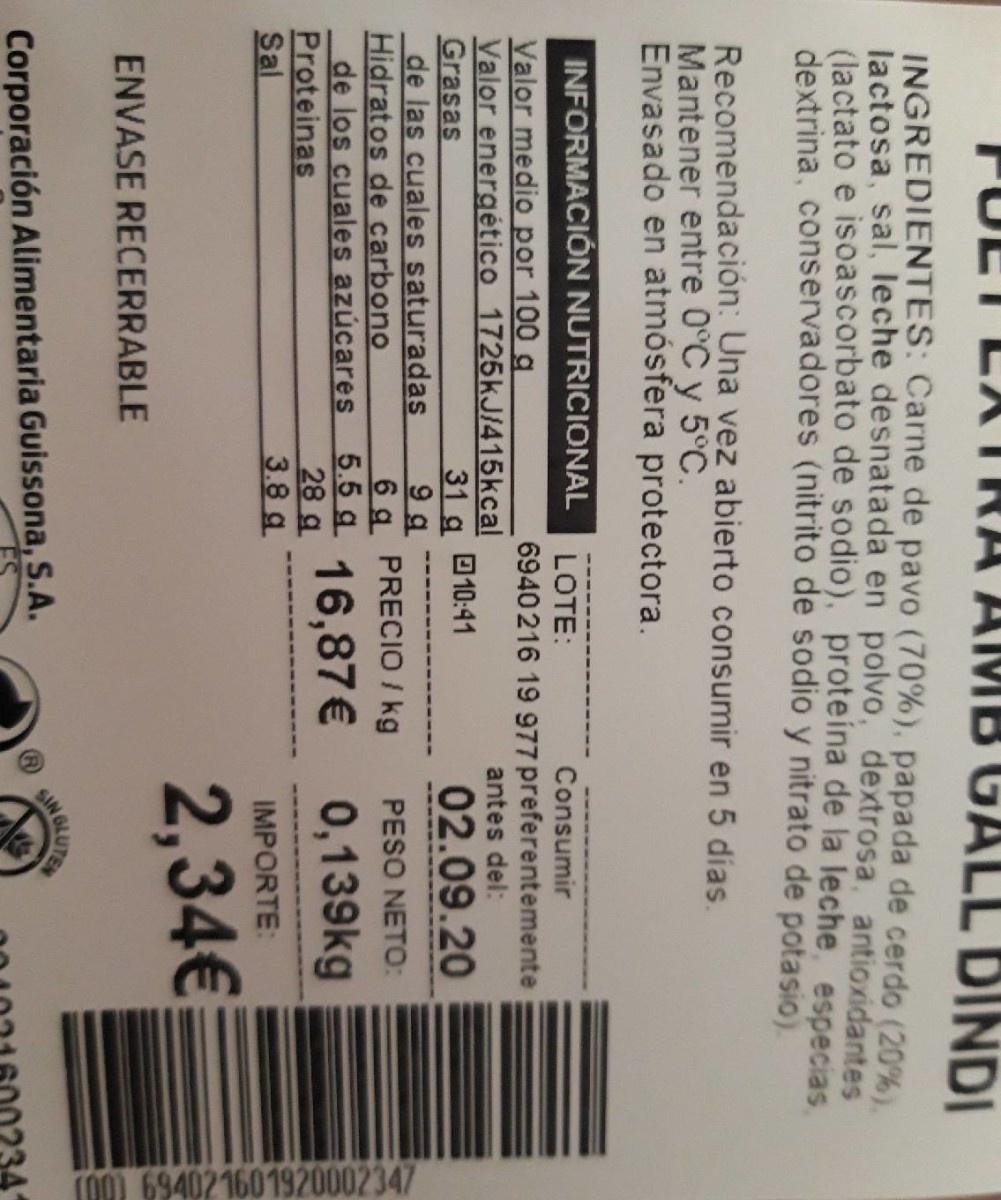
T00) 694021601920002347
PULT LKTRA AMB GALL DINDI
INGREDIENTES: Carne de pavo (70%), papada de cerdo (20%). lactosa, sal, leche desnatada en polvo, dextrosa, antioxidantes (lactato e isoascorbato de sodio), proteína de la leche, especias dextrina, conservadores (nitrito de sodio y nitrato de potasio)
Recomendación: Una vez abierto consumir en 5 días. Mantener entre 0°C y 5°C. Envasado en atmósfera protectora.
INFORMACIÓN NUTRICIONAL
LOTE:
Consumir
6940 216 19 977 preferentemente antes del:
Valor medio por 100 g Valor energético 1725KJ/415kcal Grasas de las cuales saturadas Hidratos de carbono de los cuales azúcares Proteinas Sal
31 g
O10:41
02.09.20
6 g PRECIO / kg
PESO NETO:
5,5a 16,87€ 0,139kg 28 g
3.8 g
IMPORTE:
2,34€
ENVASE RECERRABLE
N GLUTER
Corporación Alimentaria Guissona, S.A.